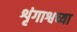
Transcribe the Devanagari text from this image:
शृंगाश्वच्या